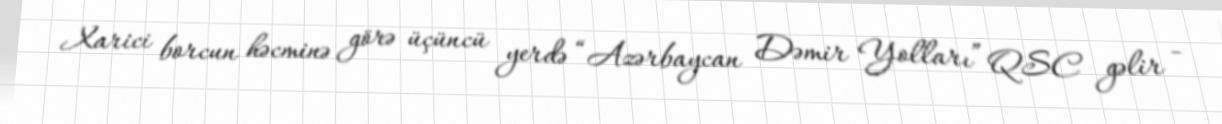
Xarici borcun həcminə görə üçüncü yerdə “Azərbaycan Dəmir Yolları” QSC gəlir -